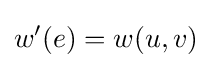
w^{\prime }(e)=w(u,v)